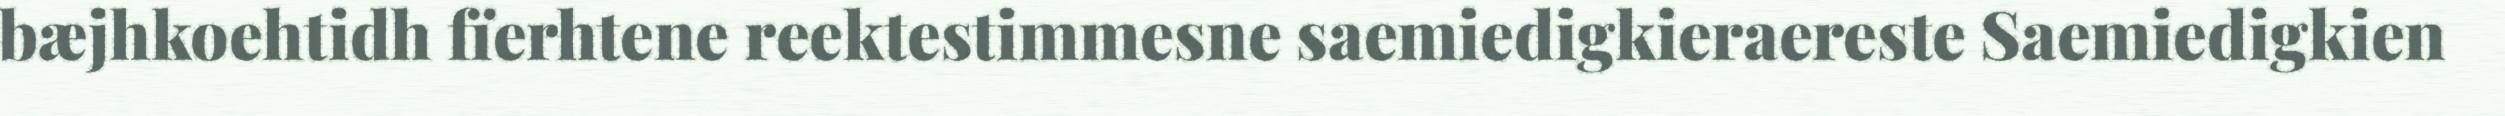
bæjhkoehtidh fïerhtene reektestimmesne saemiedigkieraereste Saemiedigkien